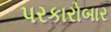
પરકારોબાર